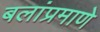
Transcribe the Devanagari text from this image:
बलांप्रमाणे